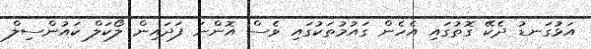
އަޅުގަނޑު ދެކޭ ގޮތުގައި އެހެން ގައުމުތަކުގައި ވެސް އޮންނަ ފަދައިން ލޯކަލް ކައުންސިލް